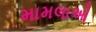
મામલાઓ